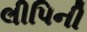
લીપિની